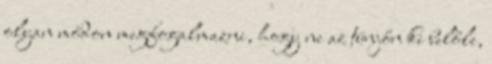
olyan módon megfogalmazni, hogy ne az tünjőn ki belőle,